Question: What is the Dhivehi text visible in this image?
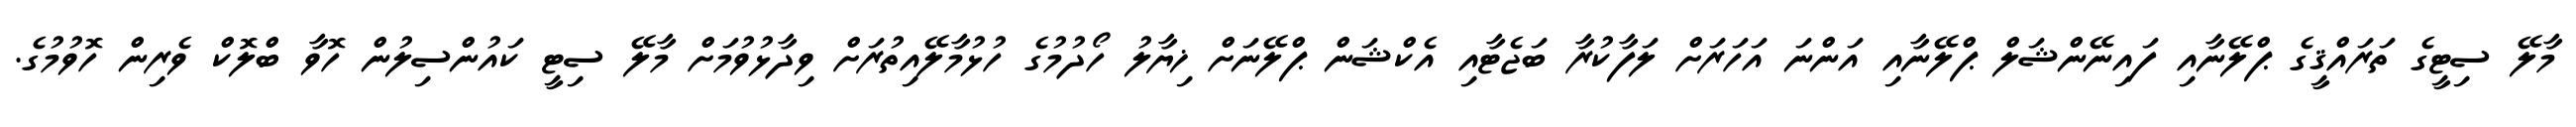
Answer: މާލޭ ސިޓީގެ ތަރައްޤީގެ ޕްލޭނާއި ފައިނޭންޝަލް ޕްލޭނާއި އަންނަ އަހަރަށް ލަފާކުރާ ބަޖެޓާއި އެކްޝަން ޕްލޭނަށް ޚިޔާލު ހޯދުމުގެ ހުޅުމާލޭއިތުރަށް ވިދާޅުވުމަށް މާލޭ ސިޓީ ކައުންސިލުން ހޮވާ ބްލޮކް ވެރިން ހޮވުމުގެ.